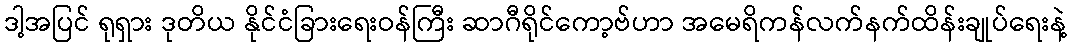
ဒါ့အပြင် ရုရှား ဒုတိယ နိုင်ငံခြားရေးဝန်ကြီး ဆာဂီရိုင်ကော့ဗ်ဟာ အမေရိကန်လက်နက်ထိန်းချုပ်ရေးနဲ့